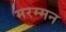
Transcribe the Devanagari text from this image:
मरम्मन